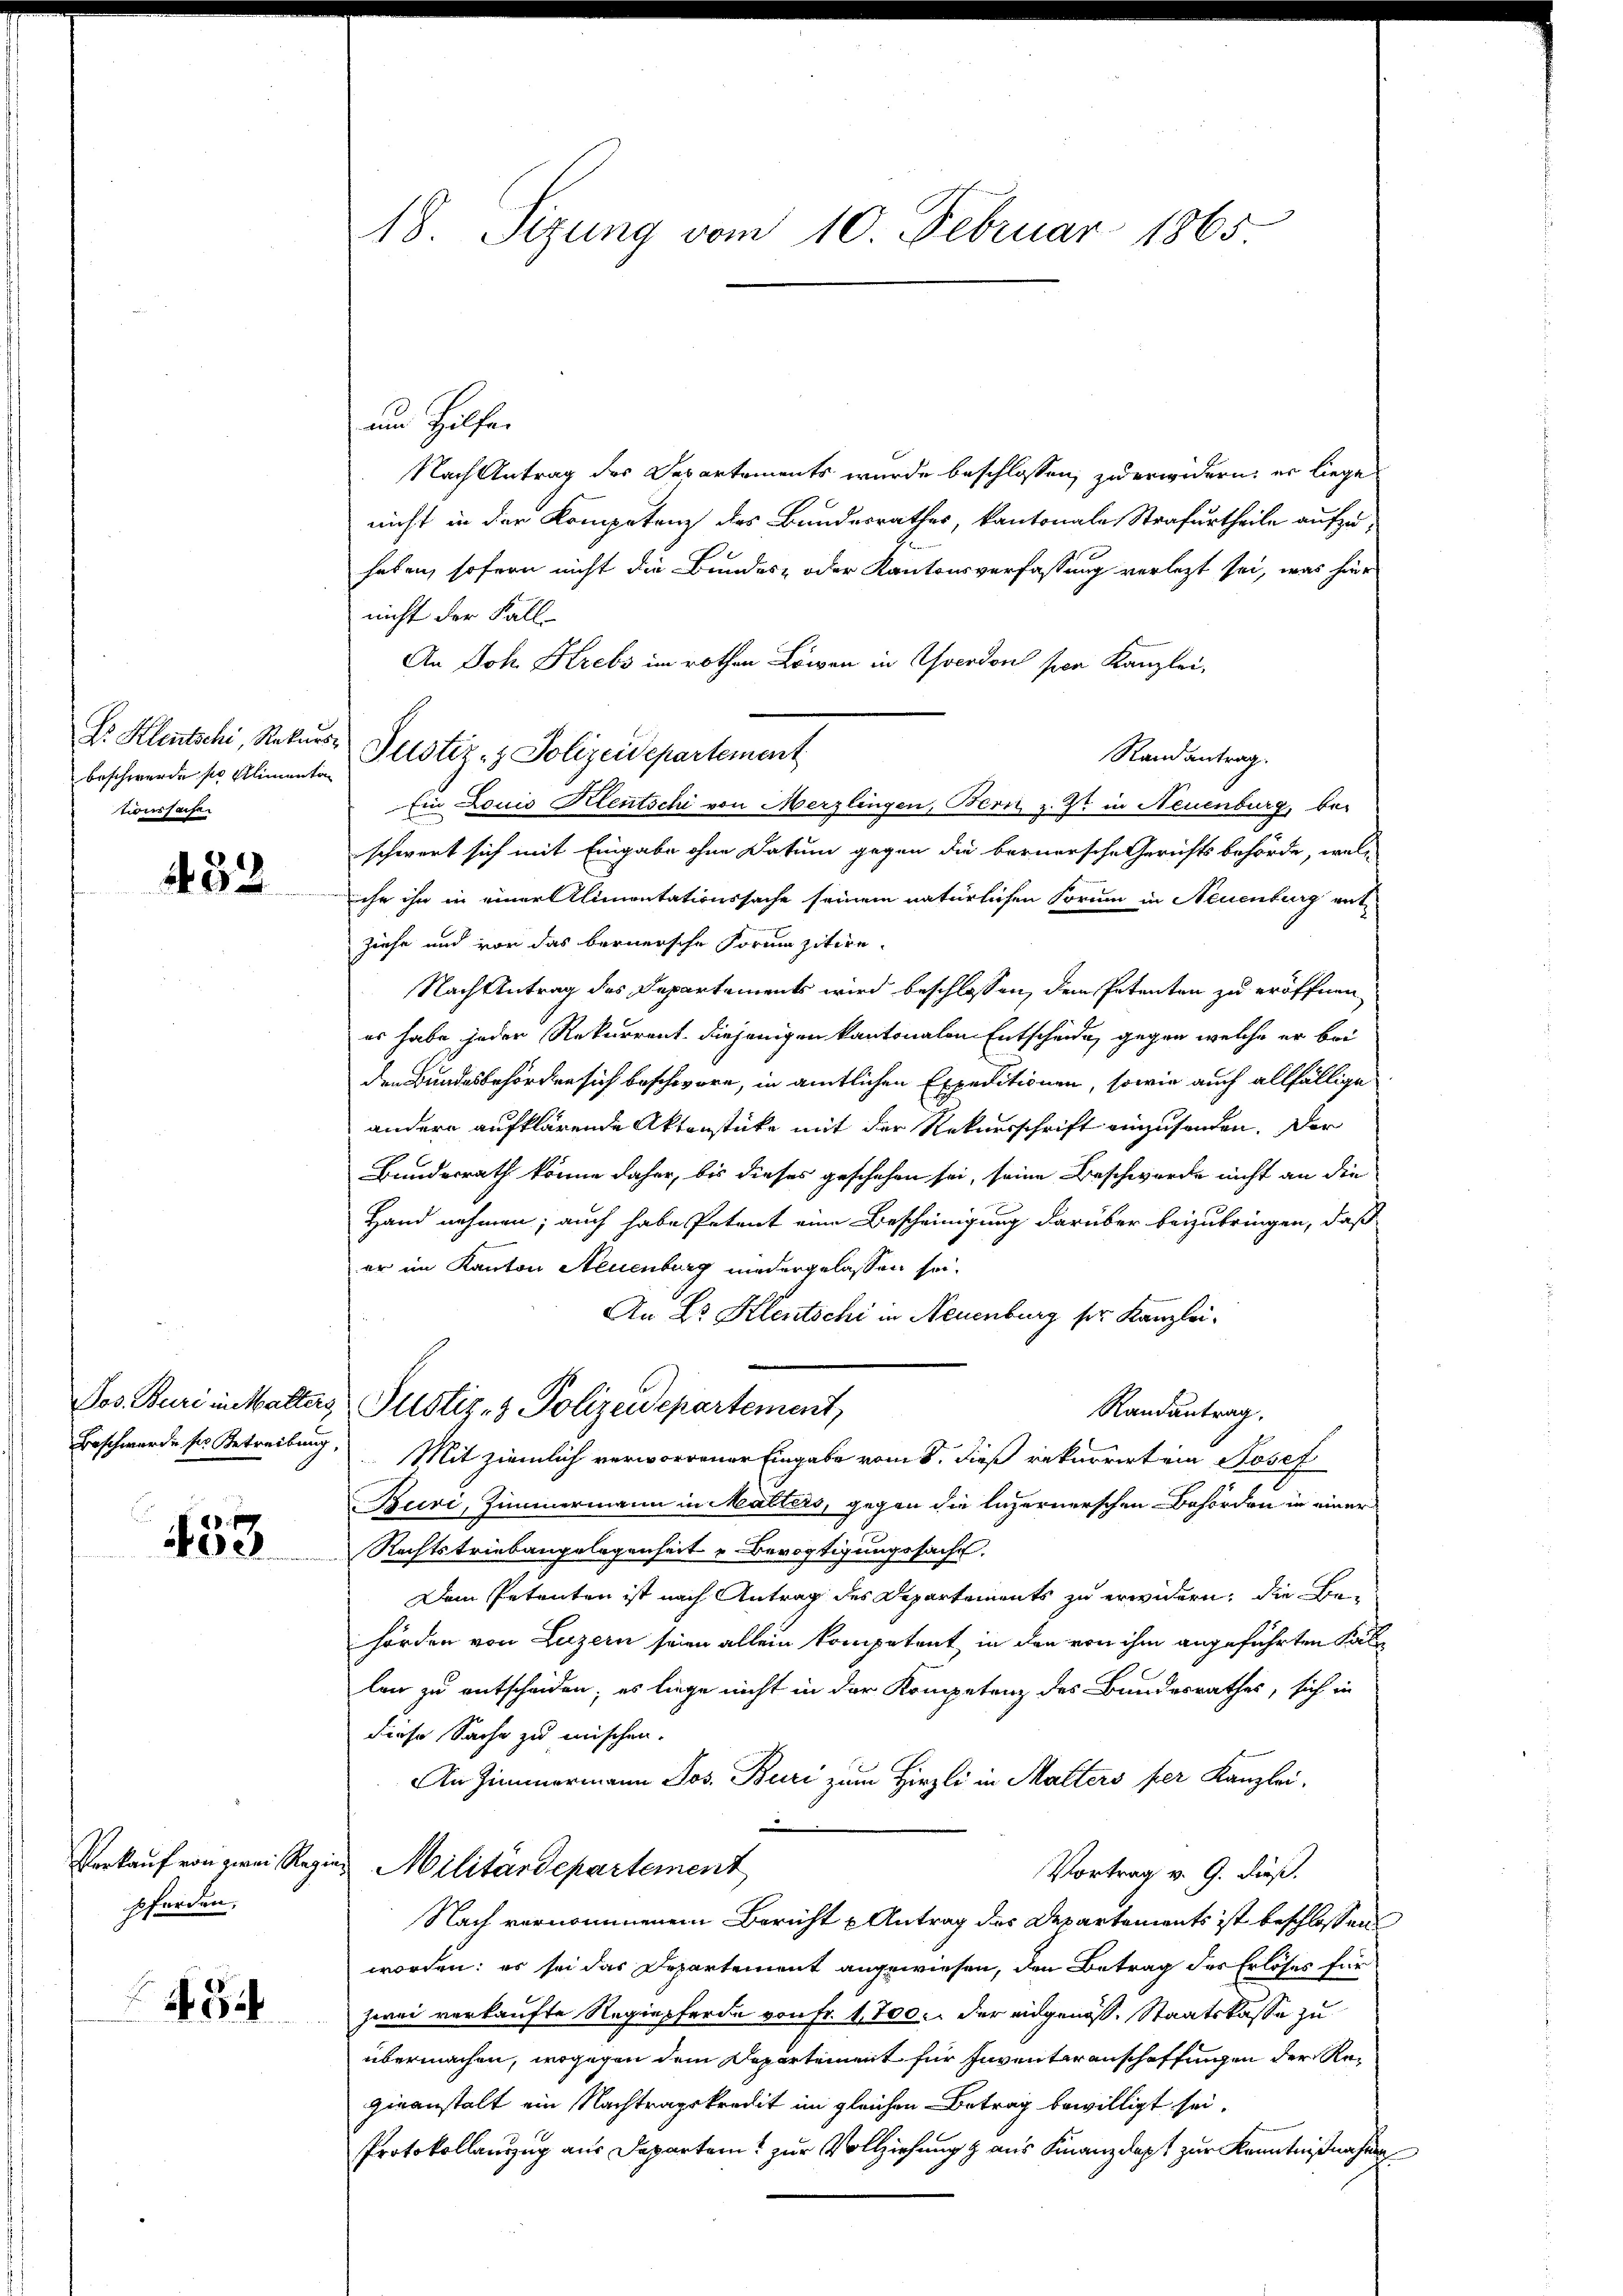
Dr. Klentschi, Rekurs
Beschwerde sie alimenton
tionssache.

452

Beschwerde ser Betreibung,

153

Verkauf von zwei Rege
sforden.

N 5

18. Sizung vom 10. Februar 1865

am Hilfe.
Nach Antrag des Departements wurde beschlossen, zu erwidern, er liege
nicht in der Kompetenz des Bundesrathes, kantonale Strafurtheile aufzu-
haben, sofern nicht die Bundes- oder Kantonsverfassung verletzt sei, was hier
nicht der Fall
An Joh. Krebs im rothen Löwen in verdon per Kanzlei,
Randantrag.
Ein Louis Klentschi von Merzlingen, Bern z. Zt. in Neuenburg, be-
schwert sich mit Eingabe ohne Datum gegen die bernersche Gerichts behörde, wel-
ihr ihn in einer Alimentationssache seinem natürlichen Forum in Neuenburg get
ziehe und vor das bernersche Forma zitire.
Nach Antrag des Departements wird beschlossen, dem Petenten zu eröffnen
es habe jeder Rekurrent diejenigen kantonalen Entscheide, gegen welche er bei
den Bundesbehörden sich beschwere, in amtlichen Expeditionen, sowie auch allfällige
andern aufklärende Aktenstücke mit der Rekursschrift einzusenden. Der
Bundesrath könne daher, bis dieses geschehen sei, seine Beschwerde nicht an die
Hand nehmen; auch habe Petent eine Bescheinigung darüber beizubringen, daß
er im Kanton Neuenburg niedergelassen sei.
An Dr. Klentschi in Neuenburg ser Kanzlei.
Jos. Buri in Watters, Pustiz- & Polizeidepartement,
Randantrag.
Mit ziemlich verworrener Eingabe vom 8. dieß rekurrirt ein Josef
Buri, Zimmermann in Malters, gegen die luzernerschen Behörden in einer
Rechtstriebangelegenheit u. Bevogtigungssache.
Dem Petenten ist nach Antrag des Departements zu erwidern, die Behörden von Luzern seien allein kompetent, in den von ihm angeführten Kale
len zu entscheiden; es liege nicht in der Kompetenz des Bundesrathes, sich in
diese Sache zu mischen.
An Zimmermann Jos. Buri zum Hirzli in Malters per Kanzlei-
.
Militärdepartement
Vortrag v. 9. dieß.
Nach vernommenem Bericht u Antrag des Departements ist beschlossen
worden: es sei das Departement angewiesen, den Betrag des Erlöses für
zwei verkaufte Regiepferde von Fr. 1700. der eidgenöß. Staatskasse zu
übermachen, wogegen dem Departement für Inventarenschaffungen der Regieanstalt ein Nachtragskredit im gleichen Betrag bewilligt sei.
Protokollauszug aus Departem zur Vollziehung & aus Finanzdept zur Kenntnißnahmen,

Justiz- & Polizeidepartement